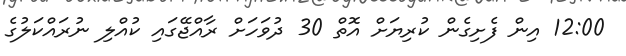
12:00 އިން ފެށިގެން ކުރިޔަށް އޮތް 30 ދުވަހަށް ރާއްޖޭގައި ކުއްލި ނުރައްކަލުގެ